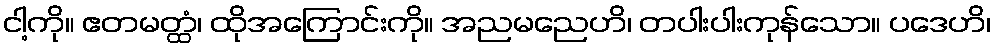
ငါ့ကို။ ဧတမတ္ထံ၊ ထိုအကြောင်းကို။ အညမညေဟိ၊ တပါးပါးကုန်သော။ ပဒေဟိ၊